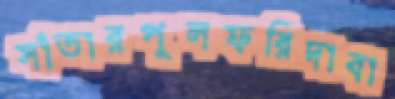
সাঁতারপুলফরিদাবা